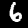
Digit: 6